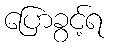
ပြောခွင့်ရ